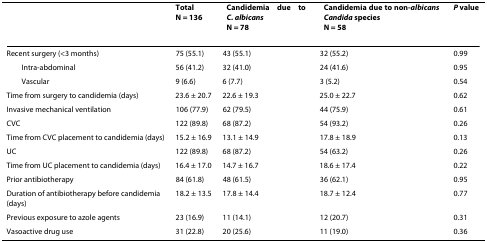
<table><thead><tr><td></td><td><b>TotalN = 136</b></td><td><b>Candidemia due to <i>C. albicans</i>N = 78</b></td><td><b>Candidemia due to non-<i>albicans Candida </i>speciesN = 58</b></td><td><b><i>P </i>value</b></td></tr></thead><tbody><tr><td>Recent surgery (&lt;3 months)</td><td>75 (55.1)</td><td>43 (55.1)</td><td>32 (55.2)</td><td>0.99</td></tr><tr><td> Intra-abdominal</td><td>56 (41.2)</td><td>32 (41.0)</td><td>24 (41.6)</td><td>0.95</td></tr><tr><td> Vascular</td><td>9 (6.6)</td><td>6 (7.7)</td><td>3 (5.2)</td><td>0.54</td></tr><tr><td>Time from surgery to candidemia (days)</td><td>23.6 ± 20.7</td><td>22.6 ± 19.3</td><td>25.0 ± 22.7</td><td>0.62</td></tr><tr><td>Invasive mechanical ventilation</td><td>106 (77.9)</td><td>62 (79.5)</td><td>44 (75.9)</td><td>0.61</td></tr><tr><td>CVC</td><td>122 (89.8)</td><td>68 (87.2)</td><td>54 (93.2)</td><td>0.26</td></tr><tr><td>Time from CVC placement to candidemia (days)</td><td>15.2 ± 16.9</td><td>13.1 ± 14.9</td><td>17.8 ± 18.9</td><td>0.13</td></tr><tr><td>UC</td><td>122 (89.8)</td><td>68 (87.2)</td><td>54 (63.2)</td><td>0.26</td></tr><tr><td>Time from UC placement to candidemia (days)</td><td>16.4 ± 17.0</td><td>14.7 ± 16.7</td><td>18.6 ± 17.4</td><td>0.22</td></tr><tr><td>Prior antibiotherapy</td><td>84 (61.8)</td><td>48 (61.5)</td><td>36 (62.1)</td><td>0.95</td></tr><tr><td>Duration of antibiotherapy before candidemia (days)</td><td>18.2 ± 13.5</td><td>17.8 ± 14.4</td><td>18.7 ± 12.4</td><td>0.77</td></tr><tr><td>Previous exposure to azole agents</td><td>23 (16.9)</td><td>11 (14.1)</td><td>12 (20.7)</td><td>0.31</td></tr><tr><td>Vasoactive drug use</td><td>31 (22.8)</td><td>20 (25.6)</td><td>11 (19.0)</td><td>0.36</td></tr></tbody></table>